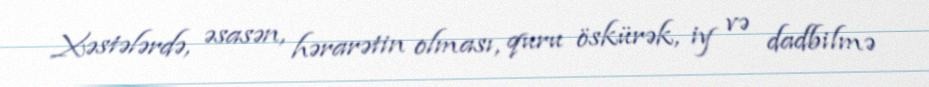
Xəstələrdə, əsasən, hərarətin olması, quru öskürək, iy və dadbilmə